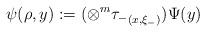
LaTeX: \begin{align*}\psi(\rho,y) : = (\otimes^m {\tau_-}_{(x,\xi_-)})\Psi(y)\end{align*}